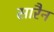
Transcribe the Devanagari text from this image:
सारैन